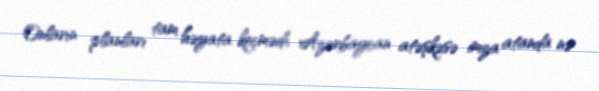
Onların planları tam həyata keçmədi, Azərbaycan atəşkəsə imza atanda nə